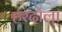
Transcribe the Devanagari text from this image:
हरदोला